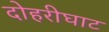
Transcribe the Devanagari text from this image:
दोहरीघाट